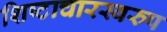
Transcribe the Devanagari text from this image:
शिष्टाचारस्वरुप